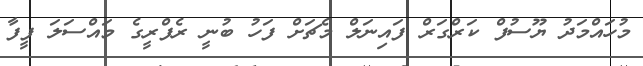
މުހައްމަދު ޔޫސުފް ކަރްގަރް ފައިނަލް މެޗަށް ފަހު ބުނީ ރެފްރީގެ މައްސަލަ ފީފާ